Report of the Indian Hemp Drugs Commission, 1894-1895 - Volume V
Year: 1894
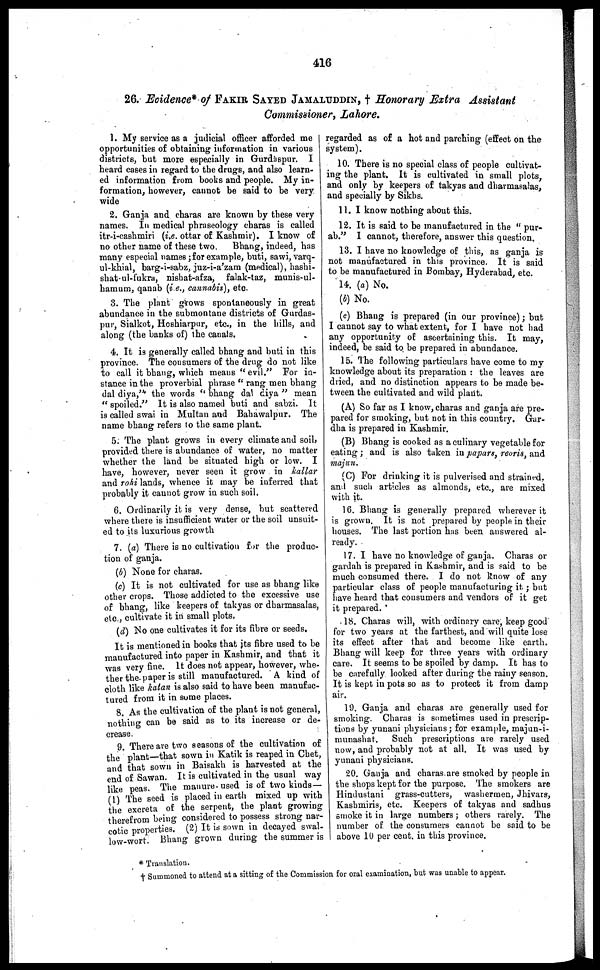
416
26. Evidence* of FAKIR SAYED JAMALUDDIN, † Honorary Extra Assistant
Commissioner, Lahore.
1. My service as a judicial officer afforded me
opportunities of obtaining information in various
districts, but more especially in Gurdaspur. I
heard cases in regard to the drugs, and also learn-
ed information from books and people. My in-
formation, however, cannot be said to be very
wide
2. Ganja and charas are known by these very
names. In medical phraseology charas is called
itr-i-cashmiri (i.e. ottar of Kashmir). I know of
no other name of these two.
Bhang, indeed, has
many especial names; for example, buti, sawi, varq-
ul-khial, barg-i-sabz, juz-i-a'zam (medical), hashi-
shat-al-fukra, nishat-afza, falak-taz, munis-ul-
hamum, qanab (i.e., cannabis), etc.
3. The plant grows spontaneously in great
abundance in the submontane districts of Gurdas-
pur, Sialkot, Hoshiarpur, etc., in the hills, and
along (the banks of) the canals.
4. It is generally called bhang and buti in this
province. The consumers of the drug do not like
to call it bhang, which means "evil." For in-
stance in the proverbial phrase "rang men bhang
dal diya," the words "bhang dal diya" mean
"spoiled." It is also named buti and sabzi. It
is called swai in Multan and Bahawalpur. The
name bhang refers to the 6ame plant.
5. The plant grows in every climate and soil,
provided there is abundance of water, no matter
whether the land be situated high or low. I
have, however, never seen it grow in kallar
and rohi lands, whence it may be inferred that
probably it cannot grow in such soil.
6. Ordinarily it is very dense, but scattered
where there is insufficient water or the soil unsuit-
ed to its luxurious growth
7. (a) There is no cultivation for the produc-
tion of ganja.
(b) None for charas.
(c) It is not cultivated for use as bhang like
other crops. Those addicted to the excessive use
of bhang, like keepers of takyas or dharmasalas,
etc., cultivate it in small plots,
(d) No one cultivates it for its fibre or seeds.
It is mentioned in books that its fibre used to be
manufactured into paper in Kashmir, and that it
was very fine. It does not appear, however, whe-
ther the paper is still manufactured. A kind of
cloth like katan is also said to have been manufac-
tured from it in some places.
8. As the cultivation of the plant is not general,
nothing can be said as to its increase or de-
crease.
9. There are two seasons of the cultivation of
the plant—that sown in Katik is reaped in Chet,
and that sown in Baisakh is harvested at the
end of Sawan. It is cultivated in the usual way
like peas. The manure used is of two kinds —
(1) The seed is placed in earth mixed up with
the excreta of the serpent, the plant growing
therefrom being considered to possess strong nar-
cotic properties. (2) It is sown in decayed swal-
low-wort. Bhang grown during the summer is
regarded as of a hot and parching (effect on the
system).
10. There is no special class of people cultivat-
ing the plant. It is cultivated in small plots,
and only by keepers of takyas and dharmasalas,
and specially by Sikhs.
11. I know nothing about this.
12. It is said to be manufactured in the "pur-
ab." I cannot, therefore, answer this question.
13. I have no knowledge of this, as ganja is
not manufactured in this province. It is said
to be manufactured in Bombay, Hyderabad, etc.
14. (a) No.
(b) No.
(c) Bhang is prepared (in our province); but
I cannot say to what extent, for I have not bad
any opportunity of ascertaining this. It may,
indeed, be said to be prepared in abundance.
15. The following particulars have come to my
knowledge about its preparation: the leaves are
dried, and no distinction appears to be made be-
tween the cultivated and wild plant.
(A) So far as I know, charas and ganja are pre-
pared for smoking, but not in this country. Gar-
dha is prepared in Kashmir.
(B) Bhang is cooked as a culinary vegetable for
eating; and is also taken in pa pars, reoris, and
majun.
(C) For drinking it is pulverised and strained,
and such articles as almonds, etc., are mixed
with it.
16. Bhang is generally prepared wherever it
is grown. It is not prepared by people in their
houses. The last portion has been answered al-
ready.
17. I have no knowledge of ganja. Charas or
gardah is prepared in Kashmir, and is said to be
much consumed there. I do not know of any
particular class of people manufacturing it; but
have heard that consumers and vendors of it get
it prepared.
18. Charas will, with ordinary care, keep good
for two years at the farthest, and will quite lose
its effect after that and become like earth.
Bhang will keep for three years with ordinary
care. It seems to be spoiled by damp. It has to
be carefully looked after during the rainy season.
It is kept in pots so as to protect it from damp
air.
19. Ganja and charas are generally used for
smoking. Charas is sometimes used in prescrip-
tions by yunani physicians; for example, majun-i-
munashat.
Such prescriptions are rarely used
now, and probably not at all. It was used by
yunani physicians.
20. Ganja and charas are smoked by people in
the shops kept for the purpose. The smokers are
Hindustani grass-cutters, washermen, Jhivars,
Kashmiris, etc. Keepers of takyas and sadhus
smoke it in large numbers; others rarely. The
number of the consumers cannot be said to be
above 10 per cent. in this province.
* Translation.
† Summoned to attend at a sitting of the Commission for oral examination, but was unable to appear.